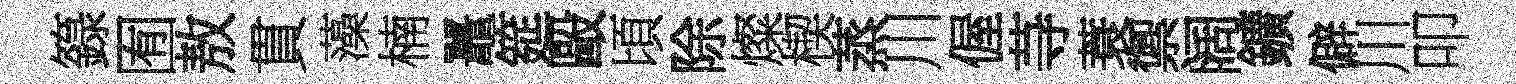
籙囿敖貫藻楠鼉筵毆頃除燦楔蒸川偓䒭蓑禦阔鑛僻川叩